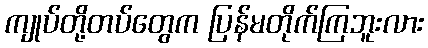
ကျုပ်တို့တပ်တွေက ပြန်မတိုက်ကြဘူးလား